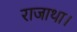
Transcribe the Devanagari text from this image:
राजाथा।